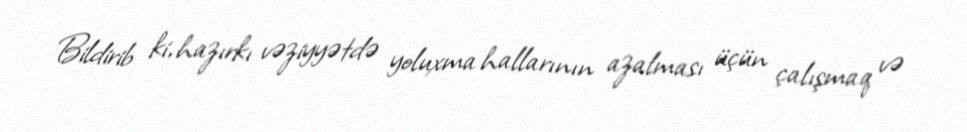
Bildirib ki, hazırkı vəziyyətdə yoluxma hallarının azalması üçün çalışmaq və